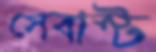
সেবাস্ট